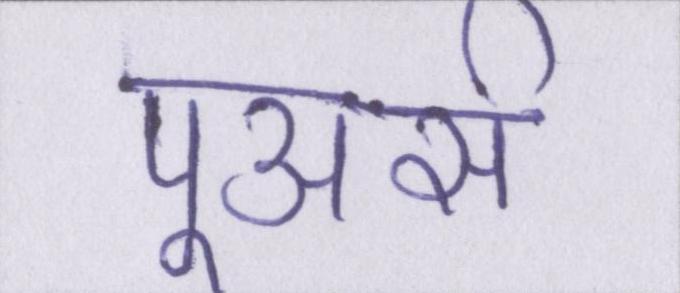
पूअर्स